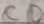
Text: CC